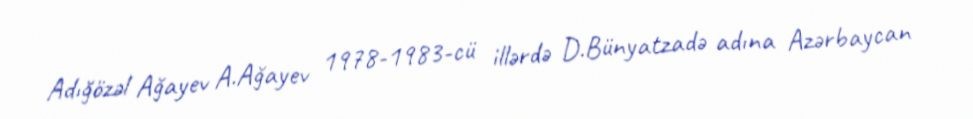
Adığözəl Ağayev A.Ağayev 1978-1983-cü illərdə D.Bünyatzadə adına Azərbaycan